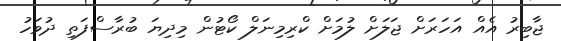
ޖާބިރު އެއް އަހަރަށް ޖަލަށް ލުމަށް ކްރިމިނަލް ކޯޓުން މިދިޔަ ބުރާސްފަތި ދުވަހު